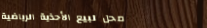
محل لبيع الأحذية الرياضية